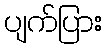
ပျက်ပြား